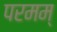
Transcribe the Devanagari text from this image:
परमम्